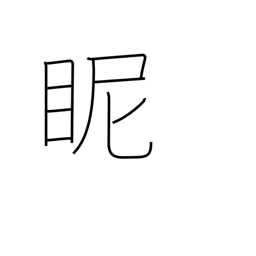
Meaning: gaze at